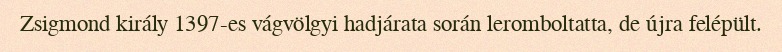
Zsigmond király 1397-es vágvölgyi hadjárata során leromboltatta, de újra felépült.